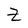
Character: Z